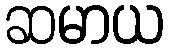
ဆမာယ